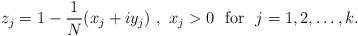
\begin{align*}z_j=1-\frac1N (x_j+iy_j)\ ,\ x_j>0 \ \ \mbox{for} \ \ j=1,2,\ldots,k.\end{align*}